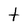
Character: t